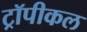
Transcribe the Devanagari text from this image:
ट्रॉपीकल